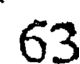
63